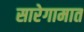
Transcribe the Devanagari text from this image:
सारेगामात